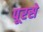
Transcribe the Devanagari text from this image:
पूरसे